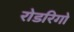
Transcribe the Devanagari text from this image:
रोडरिगो